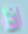
اذا